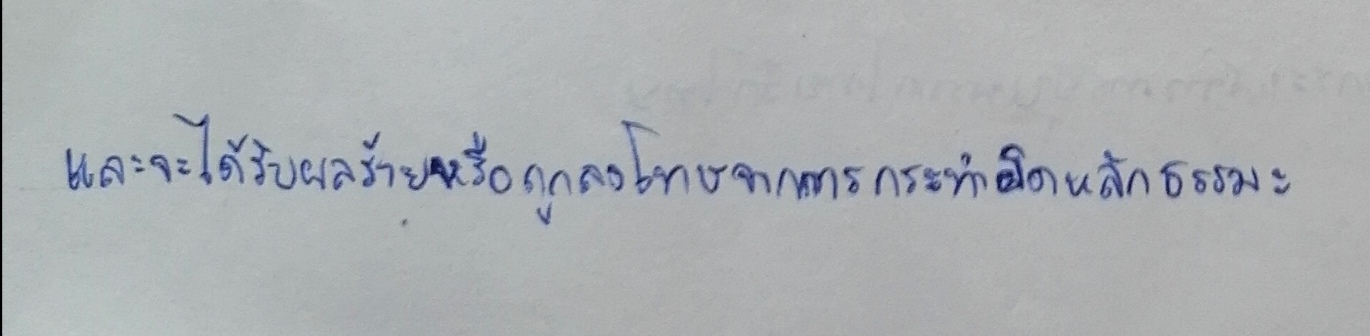
และจะได้รับผลร้ายหรือถูกลงโทษจากการกระทำผิดหลักธรรมะ